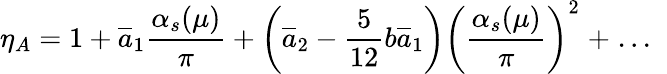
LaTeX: \eta_{A}=1+\overline{{{a}}}_{1}\frac{\alpha_{s}(\mu)}{\pi}+\left(\overline{{{a}}}_{2}-\frac{5}{12}b\overline{{{a}}}_{1}\right)\left(\frac{\alpha_{s}(\mu)}{\pi}\right)^{2}\; +\; ...\; \;